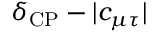
\delta _ { \mathrm { C P } } - | c _ { \mu \tau } |